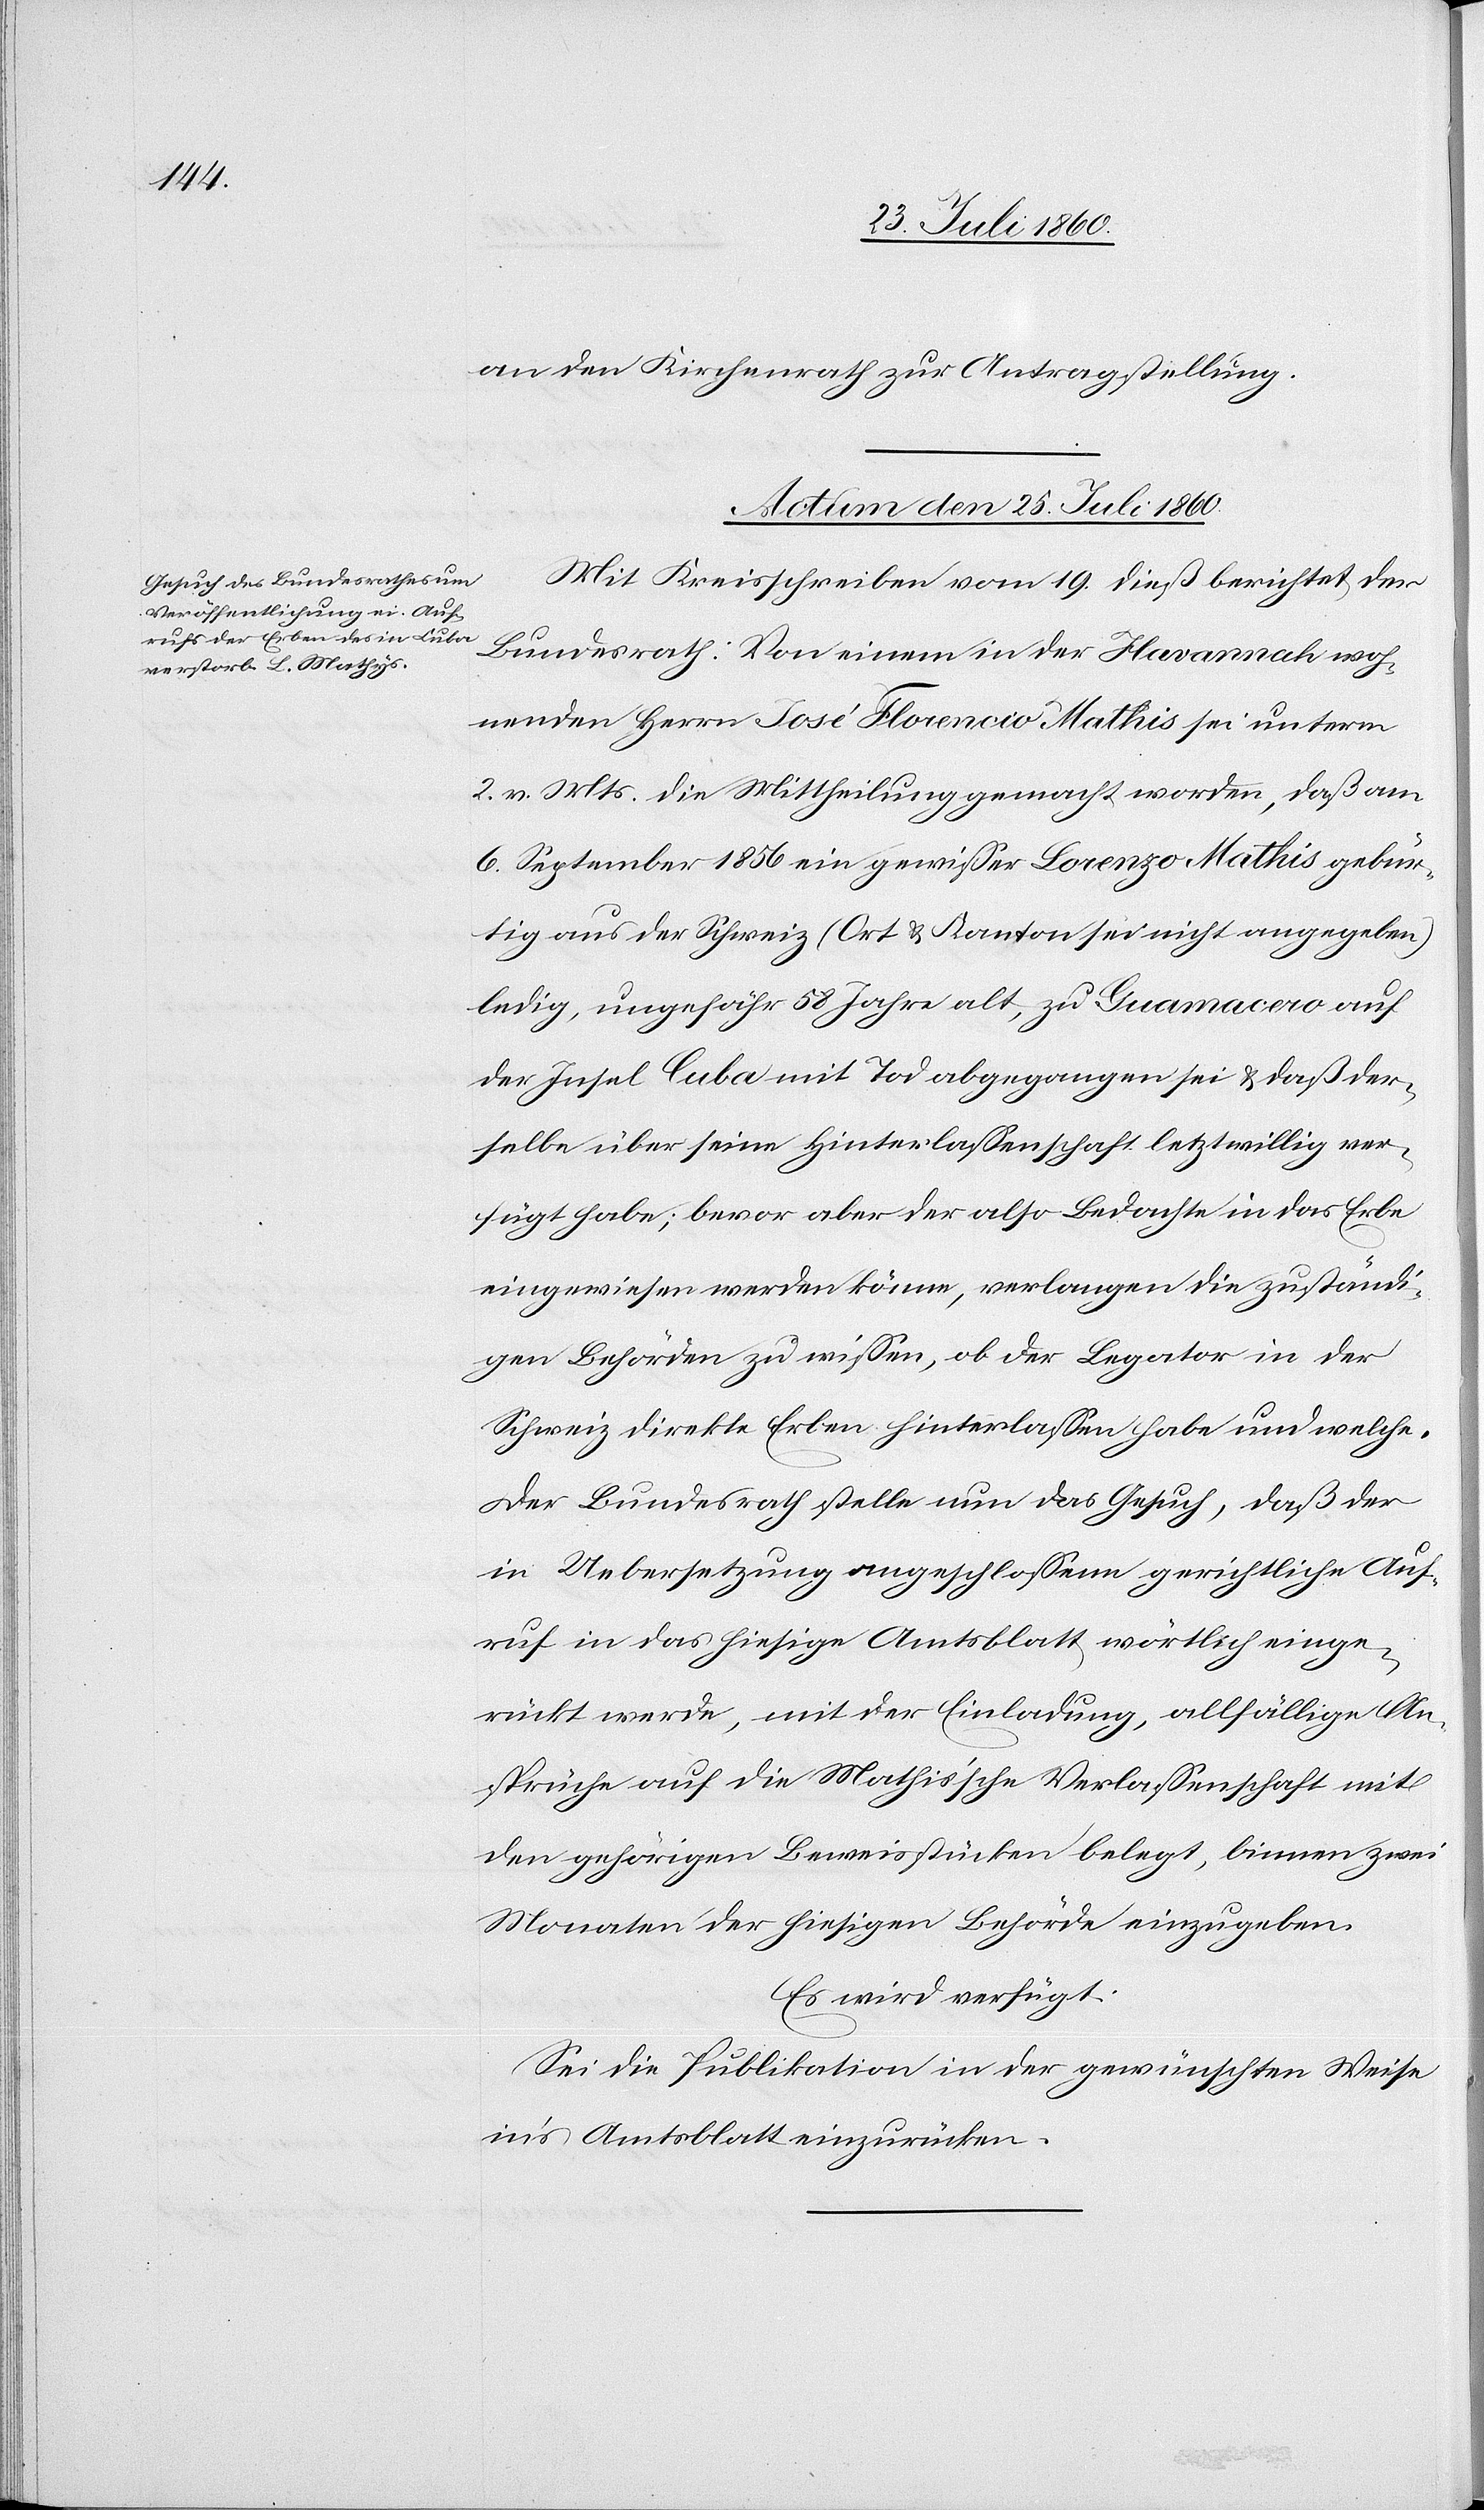
an den Kirchenrath zur Antragstellung.
Actum den 25. Juli 1860.
Mit Kreisschreiben vom 19. diess berichtet der
Bundesrath: Von einem in der Havannah woh¬
nenden Herrn José Florencio Mathis sei unterm
2. v. Mts. die Mittheilung gemacht worden, dass am
6. September 1856 ein gewisser Lorenzo Mathis gebür¬
tig aus der Schweiz [Ort und Kanton sei nicht angegeben]
ledig, ungefähr 58 Jahr alt, zu Guamacero auf
der Insel Cuba mit Tod abgegangen sei und dass der¬
selbe über seine Hinterlassenschaft letztwillig ver¬
fügt habe; bevor aber der also Bedachte in das Erbe
eingewiesen werden könne, verlangen die zuständi¬
gen Behörden zu wissen, ob der Legator in der
Schweiz direkte Erben hinterlassen habe und welche.
Der Bundesrath stelle nun das Gesuch, daß der
in Uebersetzung angeschlossene gerichtliche Auf¬
ruf in das hiesige Amtsblatt wörtlich einge¬
rückt werde, mit der Einladung, allfällige An¬
sprüche auf die Mathis’sche Verlassenschaft mit
den gehörigen Beweisstücken belegt, binnen zwei
Monaten der hiesigen Behörde einzugeben.
Es wird verfügt.
Sei die Publikation in der gewünschten Weise
ins Amtsblatt einzurücken.